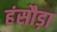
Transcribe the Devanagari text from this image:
हंसौड़ा